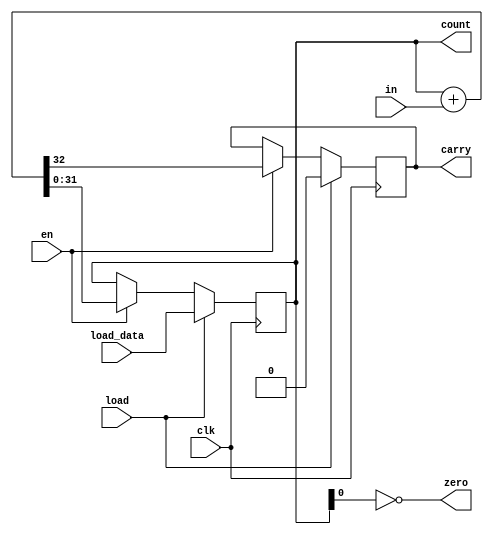
module oh_counter #(parameter DW   = 32,         // width of data inputs
		    parameter TYPE = "INCREMENT" // also DECREMENT, GRAY, LFSR
		    ) 
   (
   input 	   clk, // clk input
   input 	   in, // input to count
   input 	   en, // enable counter
   input 	   load, // load counter
   input [DW-1:0]  load_data,// load data
   output [DW-1:0] count, // current count value   
   output 	   carry, // carry out from counter
   output 	   zero   // counter is zero
    );
   
   // local variables
   reg [DW-1:0]    count;
   reg 		   carry;
   wire [DW-1:0]   count_in;
   wire 	   carry_in;
   
   // configure counter based on type
   generate
      if(TYPE=="INCREMENT")
	begin
	   assign {carry_in,count_in[DW-1:0]} = count[DW-1:0] + in;
	end
      else if(TYPE=="DECREMENT")
	begin
	   assign count_in[DW-1:0] = count[DW-1:0] + in;
	end
      else if (TYPE=="GRAY")
	begin
	   initial
	     $display ("NOT IMPLEMENTED");	   
	end
      else if (TYPE=="LFSR")
	begin
	   initial
	     $display ("NOT IMPLEMENTED");	   
	end      
   endgenerate

   // counter
   always @(posedge clk)
     if(load)
       begin
	  carry         <= 1'b0;	  
	  count[DW-1:0] <= load_data[DW-1:0];
       end
     else if (en)
       begin
	  carry         <= carry_in;
	  count[DW-1:0] <= count_in[DW-1:0];
       end

   // counter expired
   assign zero = ~(count[DW-1:0]);
      
endmodule